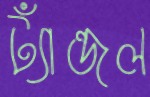
ট্যাঁন্ডল